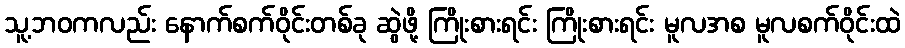
သူ့ဘဝကလည်း နောက်စက်ဝိုင်းတစ်ခု ဆွဲဖို့ ကြိုးစားရင်း ကြိုးစားရင်း မူလအစ မူလစက်ဝိုင်းထဲ